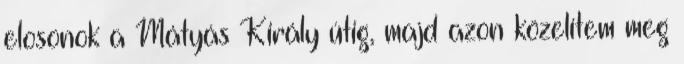
elosonok a Mátyás Király útig, majd azon közelítem meg